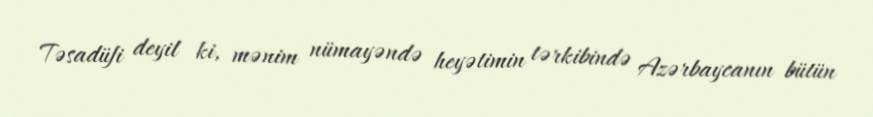
Təsadüfi deyil ki, mənim nümayəndə heyətimin tərkibində Azərbaycanın bütün